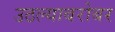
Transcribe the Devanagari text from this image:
उठल्याबरोबर